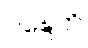
ဝဍ္ဎေတိ